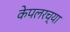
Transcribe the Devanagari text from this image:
केपलरच्या